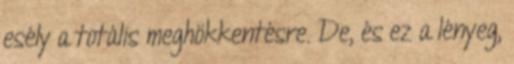
esély a totális meghökkentésre. De, és ez a lényeg,